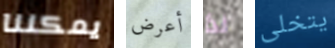
يمكننا أعرض لذا يتخلى